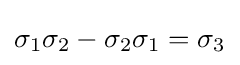
\sigma _{1}\sigma _{2}-\sigma _{2}\sigma _{1}=\sigma _{3}